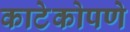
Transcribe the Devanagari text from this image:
काटेकोपणे